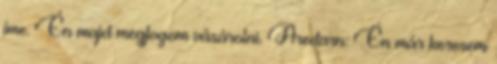
íme. Én majd megfogom vásárolni. Aredarn: Én már keresem